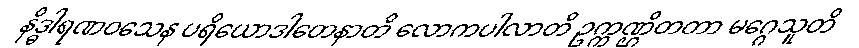
နိဒ္ဓါရဏဝသေန ပရိယောဒါတေနာတိ လောကပါလာတိ ဥက္ကဏ္ဌိတတာ မဂ္ဂေသူတိ